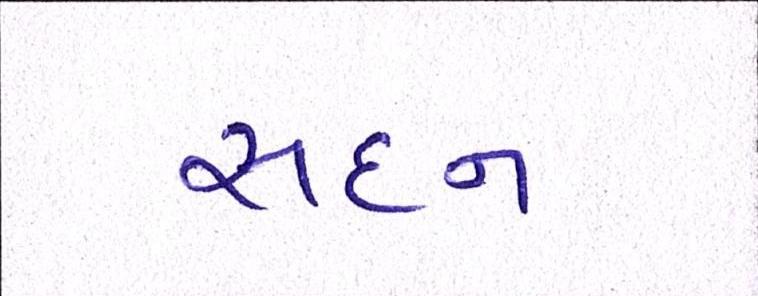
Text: સદન